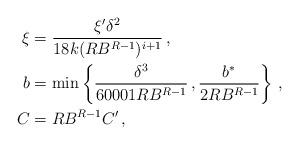
LaTeX: \begin{align*}\xi&=\frac{\xi'\delta^2}{18k(RB^{R-1})^{i+1}}\,,\\b&=\min\left\{\frac{\delta^3}{60001RB^{R-1}}\,,\frac{b^*}{2RB^{R-1}}\right\}\,,\\C&=RB^{R-1}C'\,,\end{align*}